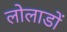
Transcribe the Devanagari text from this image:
लोलाडों